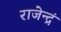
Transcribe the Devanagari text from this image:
राजेन्द्रं